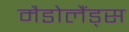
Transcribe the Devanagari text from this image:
मैडोलैंड्स